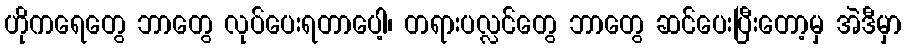
ဟိုကရေတွေ ဘာတွေ လုပ်ပေးရတာပေါ့၊ တရားပလ္လင်တွေ ဘာတွေ ဆင်ပေးပြီးတော့မှ အဲဒီမှာ